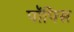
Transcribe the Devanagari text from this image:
पॉपिस